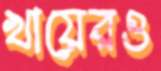
খায়েরও